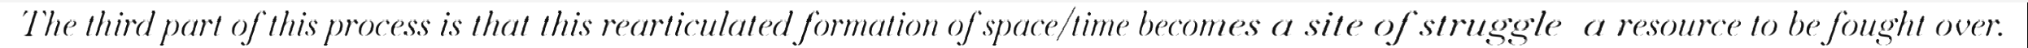
The third part of this process is that this rearticulated formation of space/time becomes a site of struggle  a resource to be fought over.